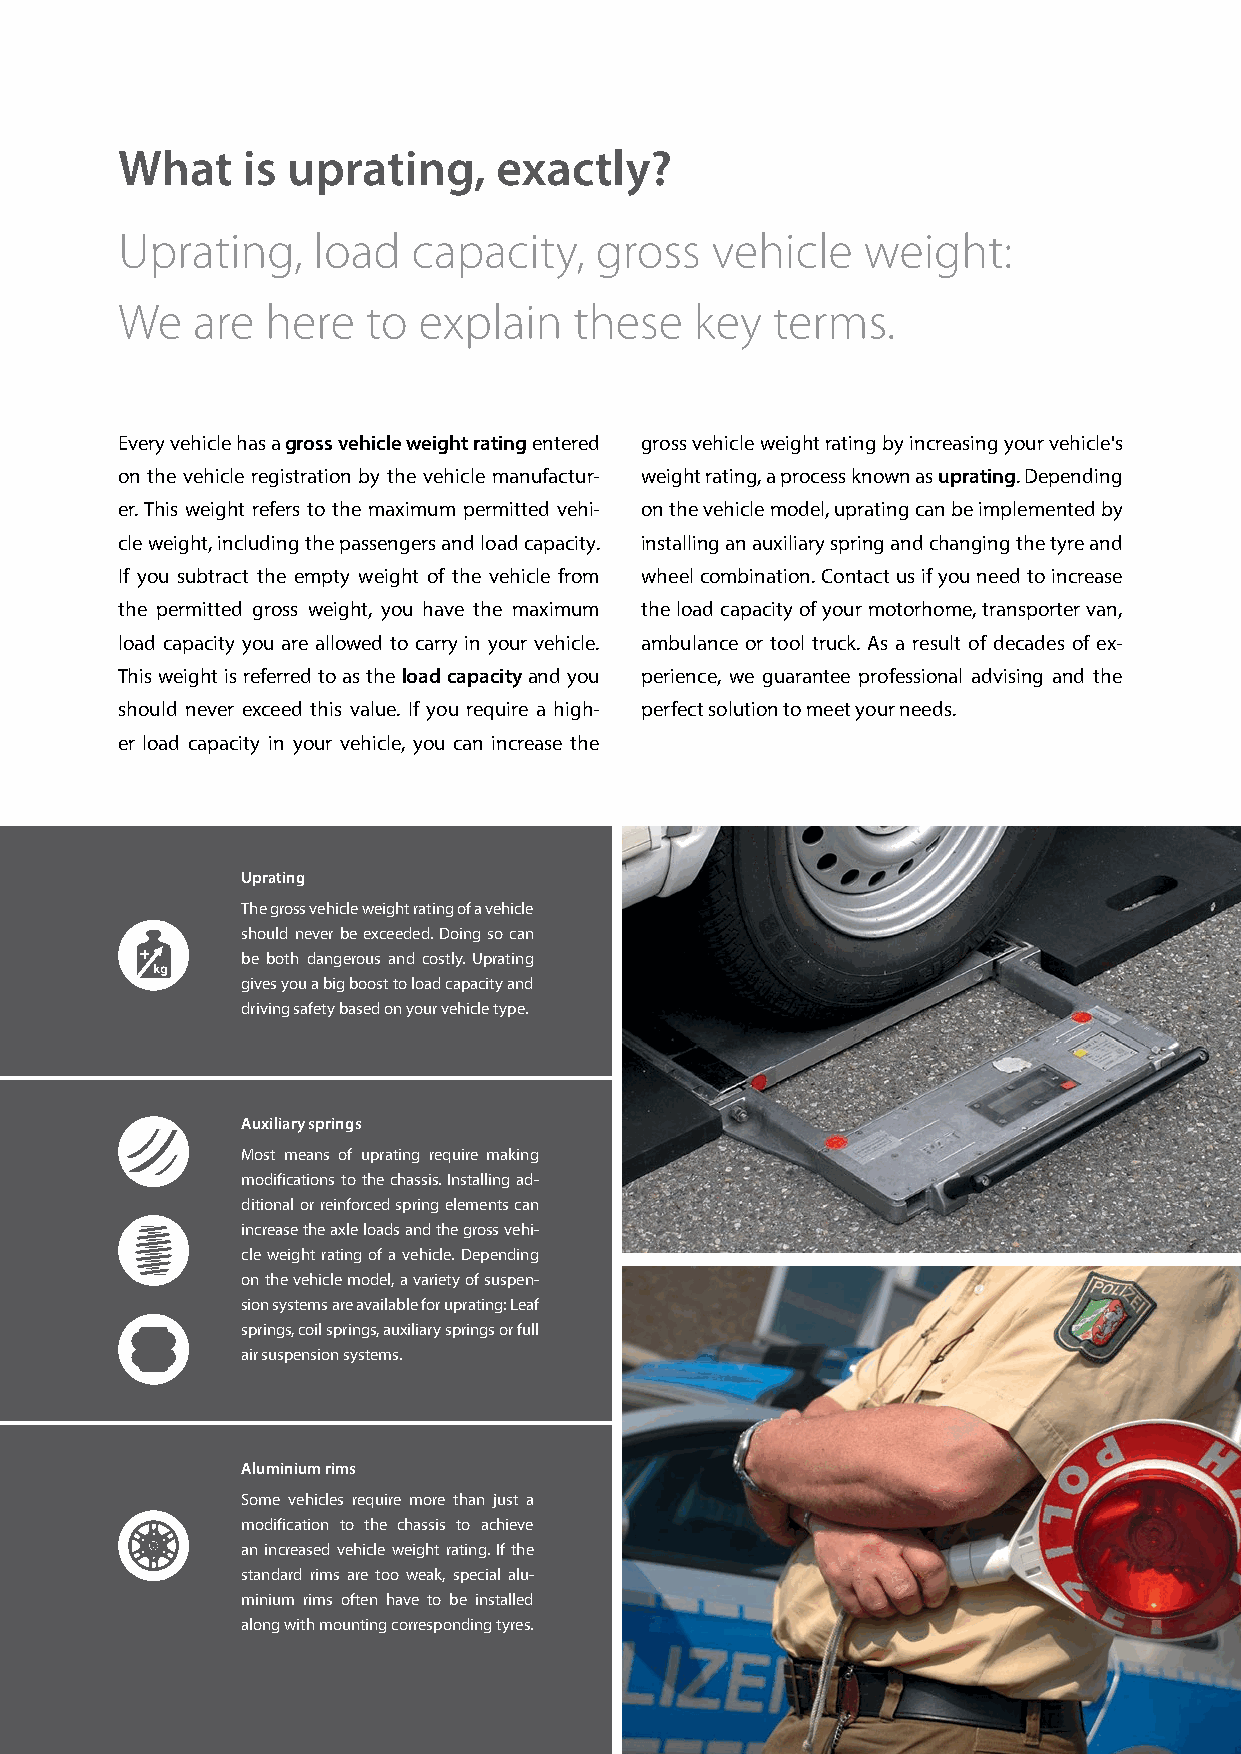
What    is uprating,     exactly?
 Uprating,    load  capacity,   gross   vehicle   weight:
 We   are  here  to  explain   these   key  terms.
 Every vehicle has a gross vehicle weight rating entered gross vehicle weight rating by increasing your vehicle's
 on the vehicle registration by the vehicle manufactur- weight rating, a process known as uprating. Depending
 er. This weight refers to the maximum permitted vehi- on the vehicle model, uprating can be implemented by
 cle weight, including the passengers and load capacity. installing an auxiliary spring and changing the tyre and
 If you subtract the empty weight of the vehicle from wheel combination. Contact us if you need to increase
 the permitted gross weight, you have the maximum the load capacity of your motorhome, transporter van,
 load capacity you are allowed to carry in your vehicle. ambulance or tool truck. As a result of decades of ex-
 This weight is referred to as the load capacity and you perience, we guarantee professional advising and the
 should never exceed this value. If you require a high- perfect solution to meet your needs.
 er load capacity in your vehicle, you can increase the
 Uprating
 The gross vehicle weight rating of a vehicle
 should never be exceeded. Doing so can
 be both dangerous and costly. Uprating
 gives you a big boost to load capacity and
 driving safety based on your vehicle type.
 Auxiliary springs
 Most means of uprating require making
 modifications to the chassis. Installing ad-
 ditional or reinforced spring elements can
 increase the axle loads and the gross vehi-
 cle weight rating of a vehicle. Depending
 on the vehicle model, a variety of suspen-
 sion systems are available for uprating: Leaf
 springs, coil springs, auxiliary springs or full
 air suspension systems.
 Aluminium rims
 Some vehicles require more than just a
 modification to the chassis to achieve
 an increased vehicle weight rating. If the
 standard rims are too weak, special alu-
 minium rims often have to be installed
 along with mounting corresponding tyres.
 19